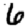
Digit: 6